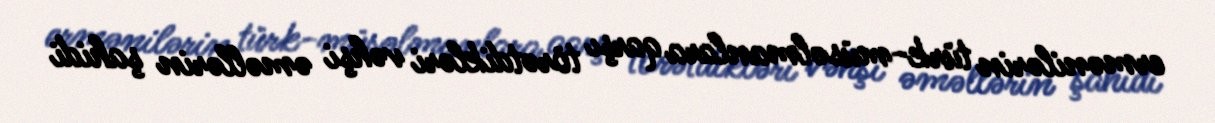
ermənilərin türk-müsəlmanlara qarşı törətdikləri vəhşi əməllərin şahidi